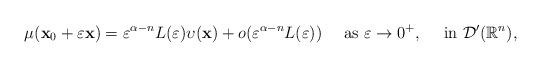
LaTeX: \begin{align*} \mu(\mathbf{x}_{0}+\varepsilon \mathbf{x})= \varepsilon^{\alpha-n}L(\varepsilon)\upsilon(\mathbf{x})+o(\varepsilon^{\alpha-n}L(\varepsilon)) \ \ \ \mbox{ as }\varepsilon\to0^{+}, \ \ \ \mbox{ in }\mathcal{D}'(\mathbb{R}^{n}), \end{align*}